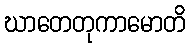
ဃာတေတုကာမောတိ